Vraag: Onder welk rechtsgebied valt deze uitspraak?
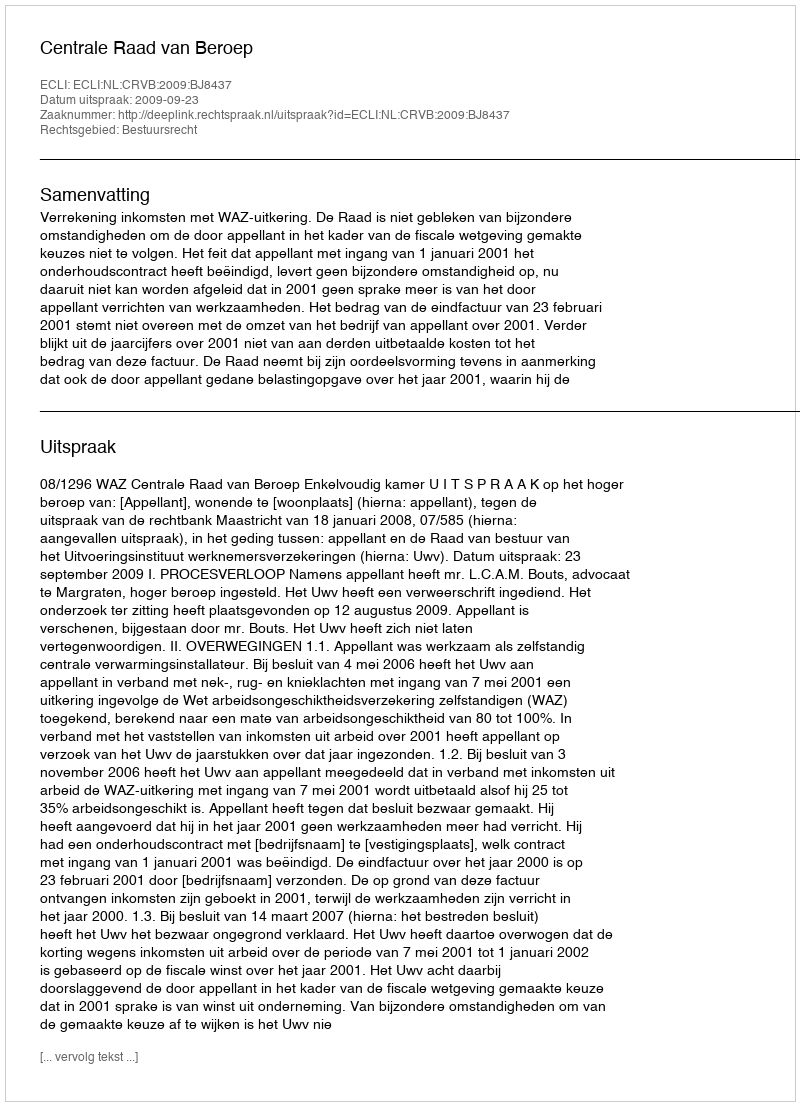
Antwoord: Bestuursrecht